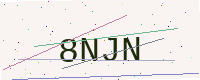
Text: 8NJN